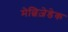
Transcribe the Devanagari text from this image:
मेल्चिज़ेडेक